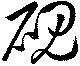
硯